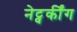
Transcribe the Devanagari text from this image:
नेट्वर्कींग